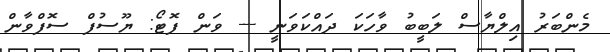
މެންބަރު އިލްޔާސް ލަބީބު ވާހަކަ ދައްކަވަނީ --- ވަން ފޮޓޯ: ޔޫސުފް ސޮފްވާން